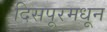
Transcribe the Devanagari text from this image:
दिसपूरमधून